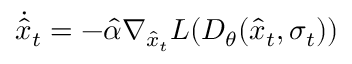
\dot { \hat { x } } _ { t } = - \hat { \alpha } \nabla _ { \hat { x } _ { t } } L ( D _ { \theta } ( \hat { x } _ { t } , \sigma _ { t } ) )